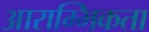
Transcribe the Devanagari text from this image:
आराम्भिकता